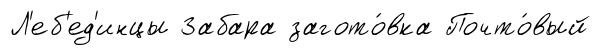
Л'еб'ед'инцы Забара загото́вка Почто́вый